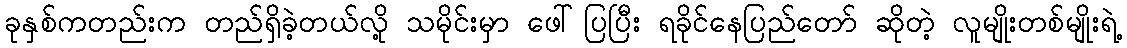
ခုနှစ်ကတည်းက တည်ရှိခဲ့တယ်လို့ သမိုင်းမှာ ဖေါ်ပြပြီး ရခိုင်နေပြည်တော် ဆိုတဲ့ လူမျိုးတစ်မျိုးရဲ့